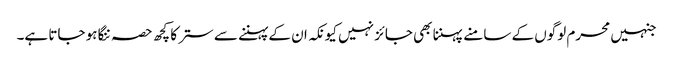
جنہیں محرم لوگوں کے سامنے پہننا بھی جائز نہیں کیونکہ ان کے پہننے سے ستر کا کچھ حصہ ننگا ہو جاتا ہے۔